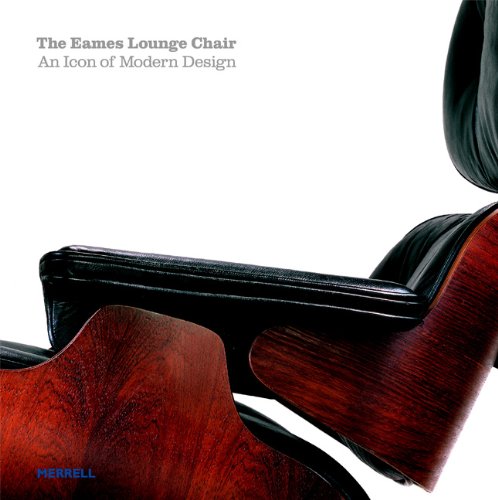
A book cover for The Eames Lounge Chair: An Icon of Modern Design; Martin Eidelberg; Arts & Photography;